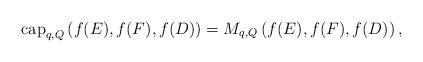
LaTeX: \begin{align*}{\rm cap}_{q, Q}\,(f(E), f(F), f(D))=M_{q, Q}\,(f (E), f(F),f(D))\,,\end{align*}